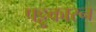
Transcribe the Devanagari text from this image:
पट्टुकारन